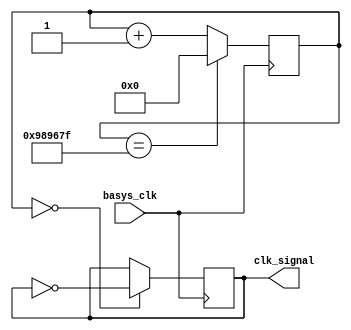
module clk5Hz(
    input basys_clk,
    output clk_signal
    );
    reg [31:0] count = 32'd0;
    reg clk_signal = 0;
    always @(posedge basys_clk) begin
        count <= (count == 9999999) ? 0 : count + 1;
        clk_signal <= (count == 0) ? ~clk_signal : clk_signal;
   
    end   
endmodule